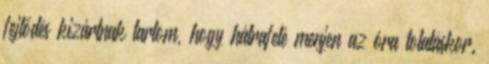
fejlődés kizártnak tartom, hogy hátrafelé menjen az óra tolatáskor.